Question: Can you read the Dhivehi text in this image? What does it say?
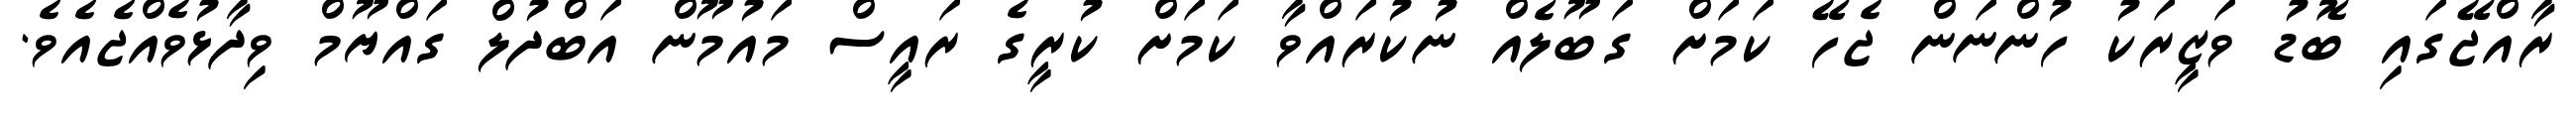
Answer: ރާއްޖޭގައި ބޮޑު ވަޒީރަކު ހުންނަން ޖެހޭ ކަމަށް ގަބޫލެއް ނުކުރައްވާ ކަމަށް ކުރީގެ ރައީސް މައުމޫން އަބްދުލް ގައްޔޫމް ވިދާޅުވެއްޖެއެވެ.